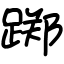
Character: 踯